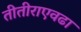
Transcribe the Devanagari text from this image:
तीतीराएवढा